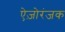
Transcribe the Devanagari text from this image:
ऐज़ोरंजक